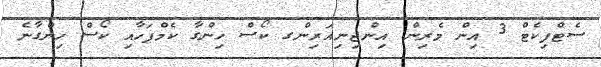
ސެޓްފިކެޓް 3 އިން މެރިން އިންޖިނިއަރިންގ ކޯސް ހިންގާ ކެމްޕަހާއި ކޯސް ހިންގާނެ